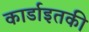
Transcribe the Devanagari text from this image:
कार्डाइतकी